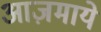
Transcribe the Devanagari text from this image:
आज़माये